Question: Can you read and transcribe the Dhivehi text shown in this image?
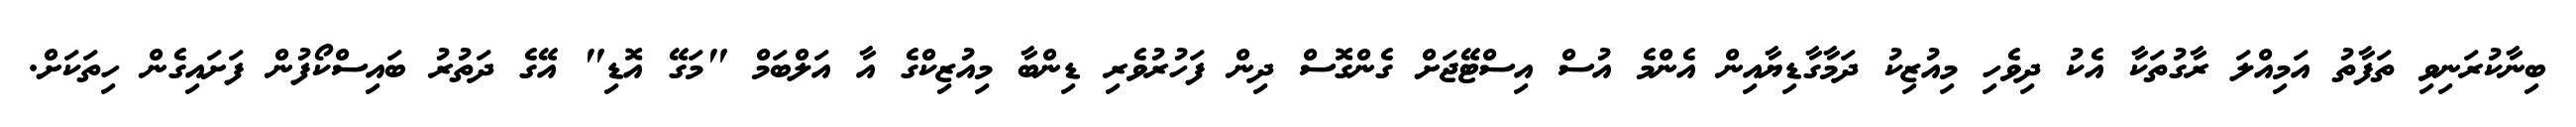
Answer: ބިނާކުރަނިވި ތަފާތު އަމިއްލަ ރާގުތަކާ އެކު ދިވެހި މިއުޒިކު ދަމާގާޑިޔާއިން އެންމެ އުސް އިސްޓޭޖަށް ގެންގޮސް ދިން ފަހުރުވެރި ޑިންބާ މިއުޒިކްގެ އާ އަލްބަމް "މަގޭ އޮޑި" އޭގެ ދަތުރު ބައިސްކޯފުން ފަށައިގެން ހިތަކަށް.